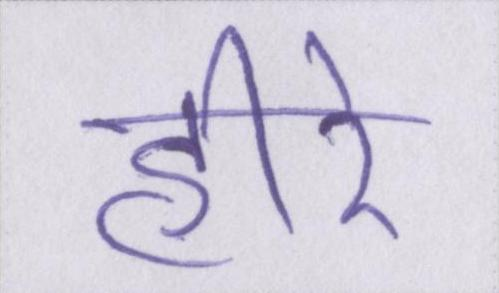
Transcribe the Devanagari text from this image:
हीरे